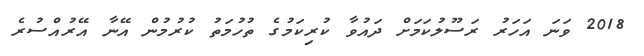
2018 ވަނަ އަހަރު ރަސޫލުކަމަށް ދައުވާ ކުރިކަމުގެ ތުހުމަތު ކުރުމުން އޭނާ އޭރުއްސުރެ